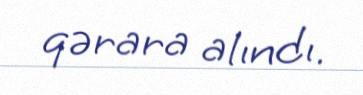
qərara alındı.